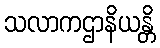
သလာကဌာနိယန္တိ